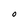
Character: O